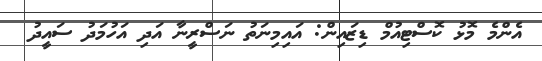
އެންމެ މޮޅު ކޮސްޓިއުމް ޑިޒައިން: އައިމިނަތު ނަސްރީނާ އަދި އަހުމަދު ސައީދު